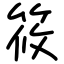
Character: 筱